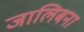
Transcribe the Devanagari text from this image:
जालिबना